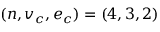
( n , v _ { c } , e _ { c } ) = ( 4 , 3 , 2 )